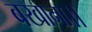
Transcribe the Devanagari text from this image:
बखाना।।